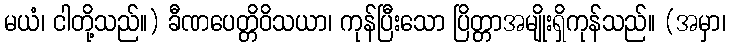
မယံ၊ ငါတို့သည်။) ခီဏပေတ္တိဝိသယာ၊ ကုန်ပြီးသော ပြိတ္တာအမျိုးရှိကုန်သည်။ (အမှာ၊